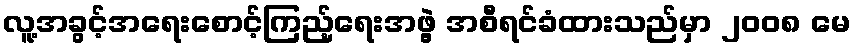
လူ့အခွင့်အရေးစောင့်ကြည့်ရေးအဖွဲ့ အစီရင်ခံထားသည်မှာ ၂၀၀၈ မေ